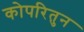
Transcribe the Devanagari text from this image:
कोपरितुन